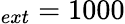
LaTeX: _{ext}=1000